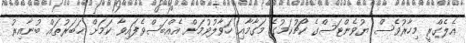
އެލެގްރީ މިހާރުވެސް ޔުވެންޓަސްގެ ކޯޗުކަމުގެ މަގާމާއި ހަވާލުވުމަށް އެއްބަސްވެފައިވާ ކަމަށް ޚަބަރުތައް ބުނާއިރު